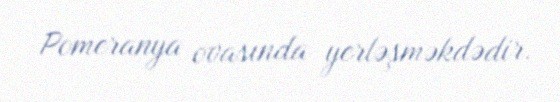
Pomeranya ovasında yerləşməkdədir.